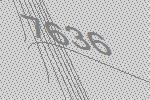
7636